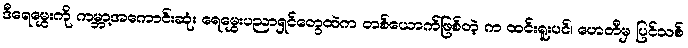
ဒီရေမွှေးကို ကမ္ဘာ့အကောင်းဆုံး ရေမွှေးပညာရှင်တွေထဲက တစ်ယောက်ဖြစ်တဲ့ က ထင်းရူးပင်၊ ဟေတီမှ ပြင်သစ်